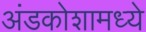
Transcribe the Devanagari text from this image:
अंडकोशामध्ये